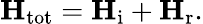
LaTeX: \mathbf{H}_{\mathrm{tot}}=\mathbf{H}_{\mathrm{i}}+\mathbf{H}_{\mathrm{r}}.